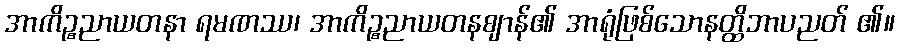
အာကိဉ္စညာယတနာ ရမဏဿ၊ အာကိဉ္စညာယတနဈာန်၏ အာရုံဖြစ်သောနတ္ထိဘာပညတ် ၏။